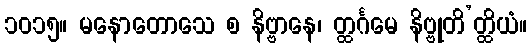
၁၀၁၅။ မနောတောသေ စ နိဗ္ဗာနေ၊ တ္ထင်္ဂမေ နိဗ္ဗုတိ’တ္ထိယံ။